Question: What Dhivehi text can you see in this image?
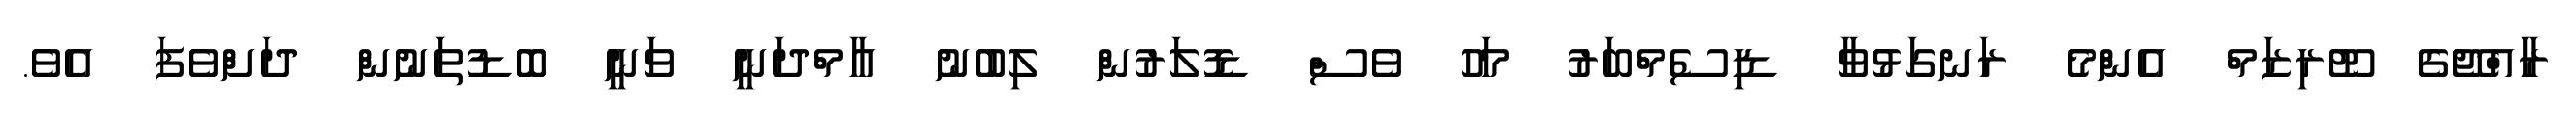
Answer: ރާއްޖޭގެ ޓޫރިޒަމް އެންމެ ރަނގަޅުވާ ޑިސެމްބަރު މަހު ވެސް ޑޮލަރުން ލިބުނު އާމްދަނީ ވަނީ ބޮޑުތަނުން ދަށްވެފަ އެވެ.